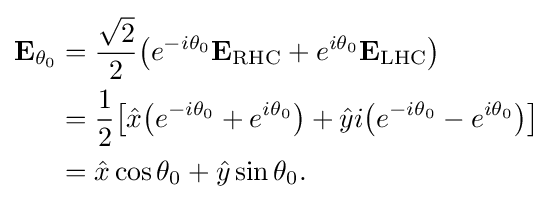
{\begin{aligned}\mathbf {E} _{\theta _{0}}&={\frac {\sqrt {2}}{2}}{\big (}e^{-i\theta _{0}}\mathbf {E} _{\text{RHC}}+e^{i\theta _{0}}\mathbf {E} _{\text{LHC}}{\big )}\\&={\frac {1}{2}}{\big [}{\hat {x}}{\big (}e^{-i\theta _{0}}+e^{i\theta _{0}}{\big )}+{\hat {y}}i{\big (}e^{-i\theta _{0}}-e^{i\theta _{0}}{\big )}{\big ]}\\&={\hat {x}}\cos \theta _{0}+{\hat {y}}\sin \theta _{0}.\end{aligned}}